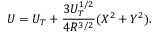
U = U _ { T } + \frac { 3 U _ { T } ^ { 1 / 2 } } { 4 R ^ { 3 / 2 } } ( X ^ { 2 } + Y ^ { 2 } ) .